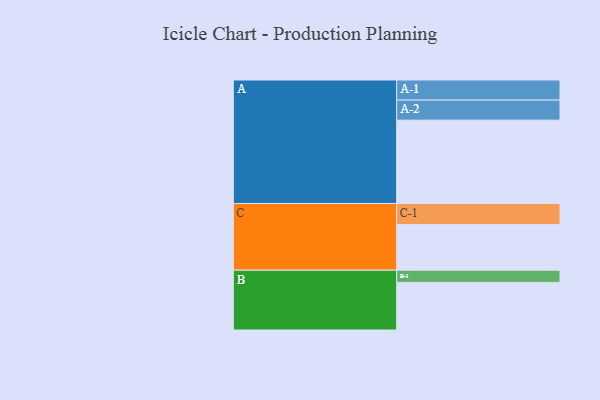
{"axis": {"x": "Segment", "y": "Value"}, "legend": ["", "A", "B", "C"], "data": [{"x": "A", "y": 581, "type": ""}, {"x": "B", "y": 332, "type": ""}, {"x": "C", "y": 318, "type": ""}, {"x": "A-1", "y": 140, "type": "A"}, {"x": "A-2", "y": 140, "type": "A"}, {"x": "B-1", "y": 85, "type": "B"}, {"x": "C-1", "y": 147, "type": "C"}]}